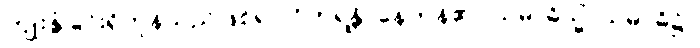
ကျိုးနွံခြင်းရှိကုန်သည်ဖြစ်၍။ ဝိဟရန္တိ၊ နေကုန်၏။ သမာဓိသ္မိံ၊ သမာဓိ၌။